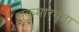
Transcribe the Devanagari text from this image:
सुकुमारघृता